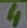
Text: 4